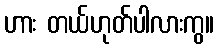
ဟား တယ်ဟုတ်ပါလားကွ။